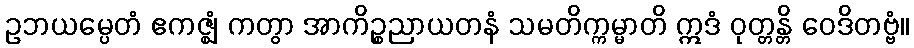
ဥဘယမ္ပေတံ ဧကဇ္ဈံ ကတွာ အာကိဉ္စညာယတနံ သမတိက္ကမ္မာတိ ဣဒံ ဝုတ္တန္တိ ဝေဒိတဗ္ဗံ။